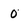
Character: 0